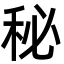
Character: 秘